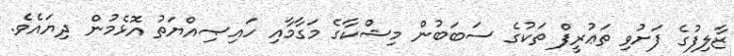
ޒާލިފުގެ ފަށުވި ތަޢުރީފް ތަކުގެ ސަބަބުން މިޝްކާގެ މަގާމާއި ހައިޞިއްޔަތު އޮޅެމުން ދިޔައެވެ.